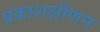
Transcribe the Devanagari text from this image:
प्रकाशक्षीणन